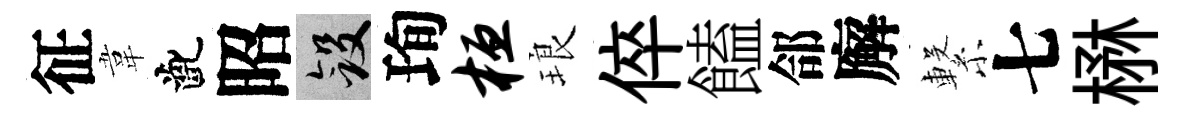
征韋齔昭斂珣桓琅倅饁郃廨繋七楙